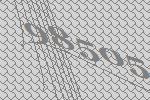
98505